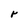
Character: r